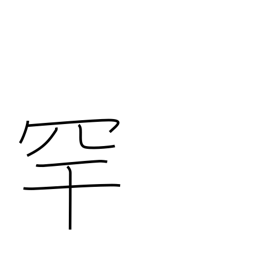
Meaning: bird-catching net